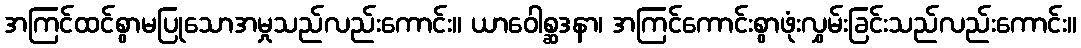
အကြင်ထင်စွာမပြုသောအမှုသည်လည်းကောင်း။ ယာဝေါစ္ဆဒနာ၊ အကြင်ကောင်းစွာဖုံးလွှမ်းခြင်းသည်လည်းကောင်း။